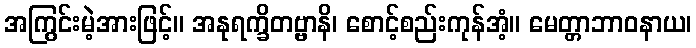
အကြွင်းမဲ့အားဖြင့်။ အနုရက္ခိတဗ္ဗာနိ၊ စောင့်စည်းကုန်အံ့။ မေတ္တာဘာဝနာယ၊